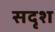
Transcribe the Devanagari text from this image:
सदृश